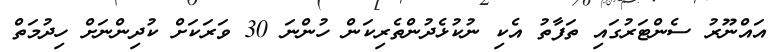
އައްނޫރު ސެންޓަރުގައި ތަފާތު އެކި ނުކުޅެދުންތެރިކަން ހުންނަ 30 ވަރަކަށް ކުދިންނަށް ހިދުމަތް